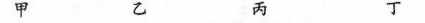
甲 乙 丙 丁